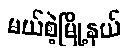
မယ်စဲ့မြို့နယ်